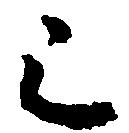
已